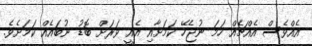
އެއްވެސް އެއްޗެއް ހަމަ ނުޖެހޭ ކަމަށާއި އެއީ ވަރަށް ބޮޑު ނުބައެއް ކަމަށެވެ.